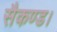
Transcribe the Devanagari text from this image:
सैकण्ड।